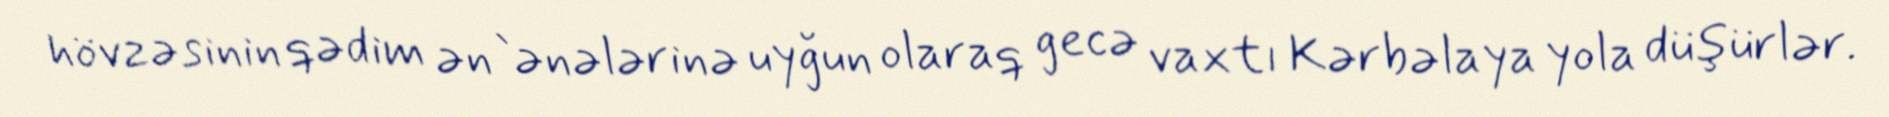
hövzəsinin qədim ən`ənələrinə uyğun olaraq gecə vaxtı Kərbəlaya yola düşürlər.